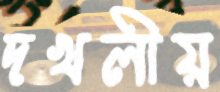
দখলীয়